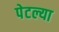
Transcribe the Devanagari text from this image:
पेटल्या